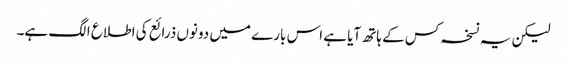
لیکن یہ نسخہ کس کے ہاتھ آیا ہے اس بارے میں دونوں ذرائع کی اطلاع الگ ہے۔